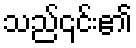
သည်၎င်း၏